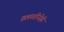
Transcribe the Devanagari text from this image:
छत्रपतींनीही